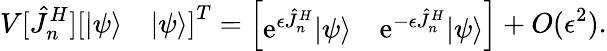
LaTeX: V[\hat{J}_{n}^{H}]\left[\begin{array}{ll}{|\psi\rangle}&{|\psi\rangle}\end{array}\right]^{T}=\left[\begin{array}{ll}{\mathrm{e}^{\epsilon\hat{J}_{n}^{H}}|\psi\rangle}&{\mathrm{e}^{-\epsilon\hat{J}_{n}^{H}}|\psi\rangle}\end{array}\right]+O(\epsilon^{2}).